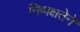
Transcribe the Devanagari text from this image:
निष्पक्षतेने